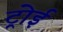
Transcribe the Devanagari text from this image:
ट्रोई